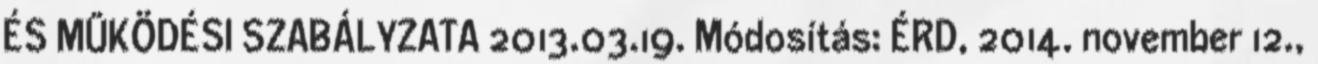
ÉS MŰKÖDÉSI SZABÁLYZATA 2013.03.19. Módosítás: ÉRD, 2014. november 12.,